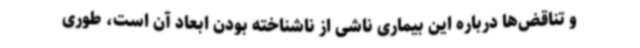
و تناقض‌ها درباره این بیماری ناشی از ناشناخته بودن ابعاد آن است، طوری